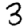
Digit: 3